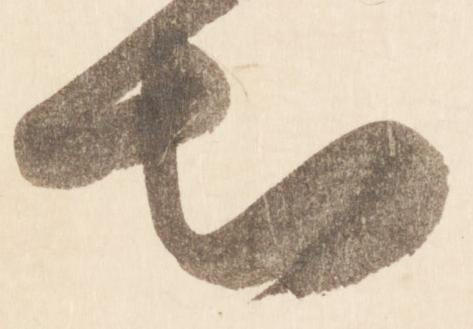
知